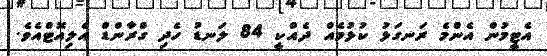
އެޓީމުން އެންމެ ރަނގަޅު ކުޅުމެއް ދެއްކީ 84 ލަނޑު ހެދި ގްރާންޑް އެލިއޮޓްއެވެ.